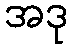
အဒု